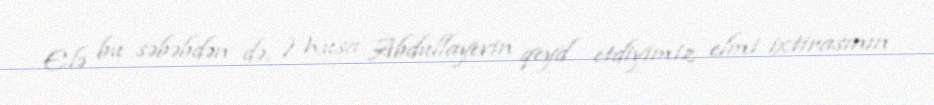
Elə bu səbəbdən də, Musa Abdullayevin qeyd etdiyimiz elmi ixtirasının